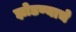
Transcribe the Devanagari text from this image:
झोडण्याचे